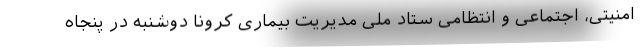
امنیتی، اجتماعی و انتظامی ستاد ملی مدیریت بیماری کرونا دوشنبه در پنجاه